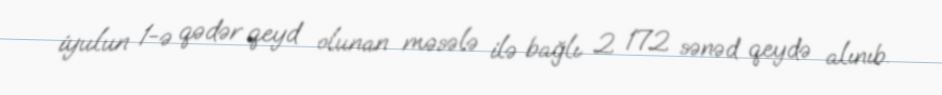
iyulun 1-ə qədər qeyd olunan məsələ ilə bağlı 2 172 sənəd qeydə alınıb.